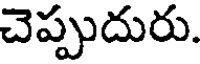
చెప్పుదురు.